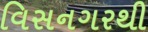
વિસનગરથી